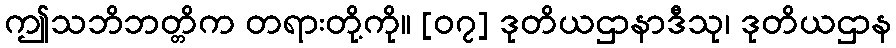
ဤသဘိဘတ္တိက တရားတို့ကို။ [၀၇] ဒုတိယဌာနာဒီသု၊ ဒုတိယဌာန